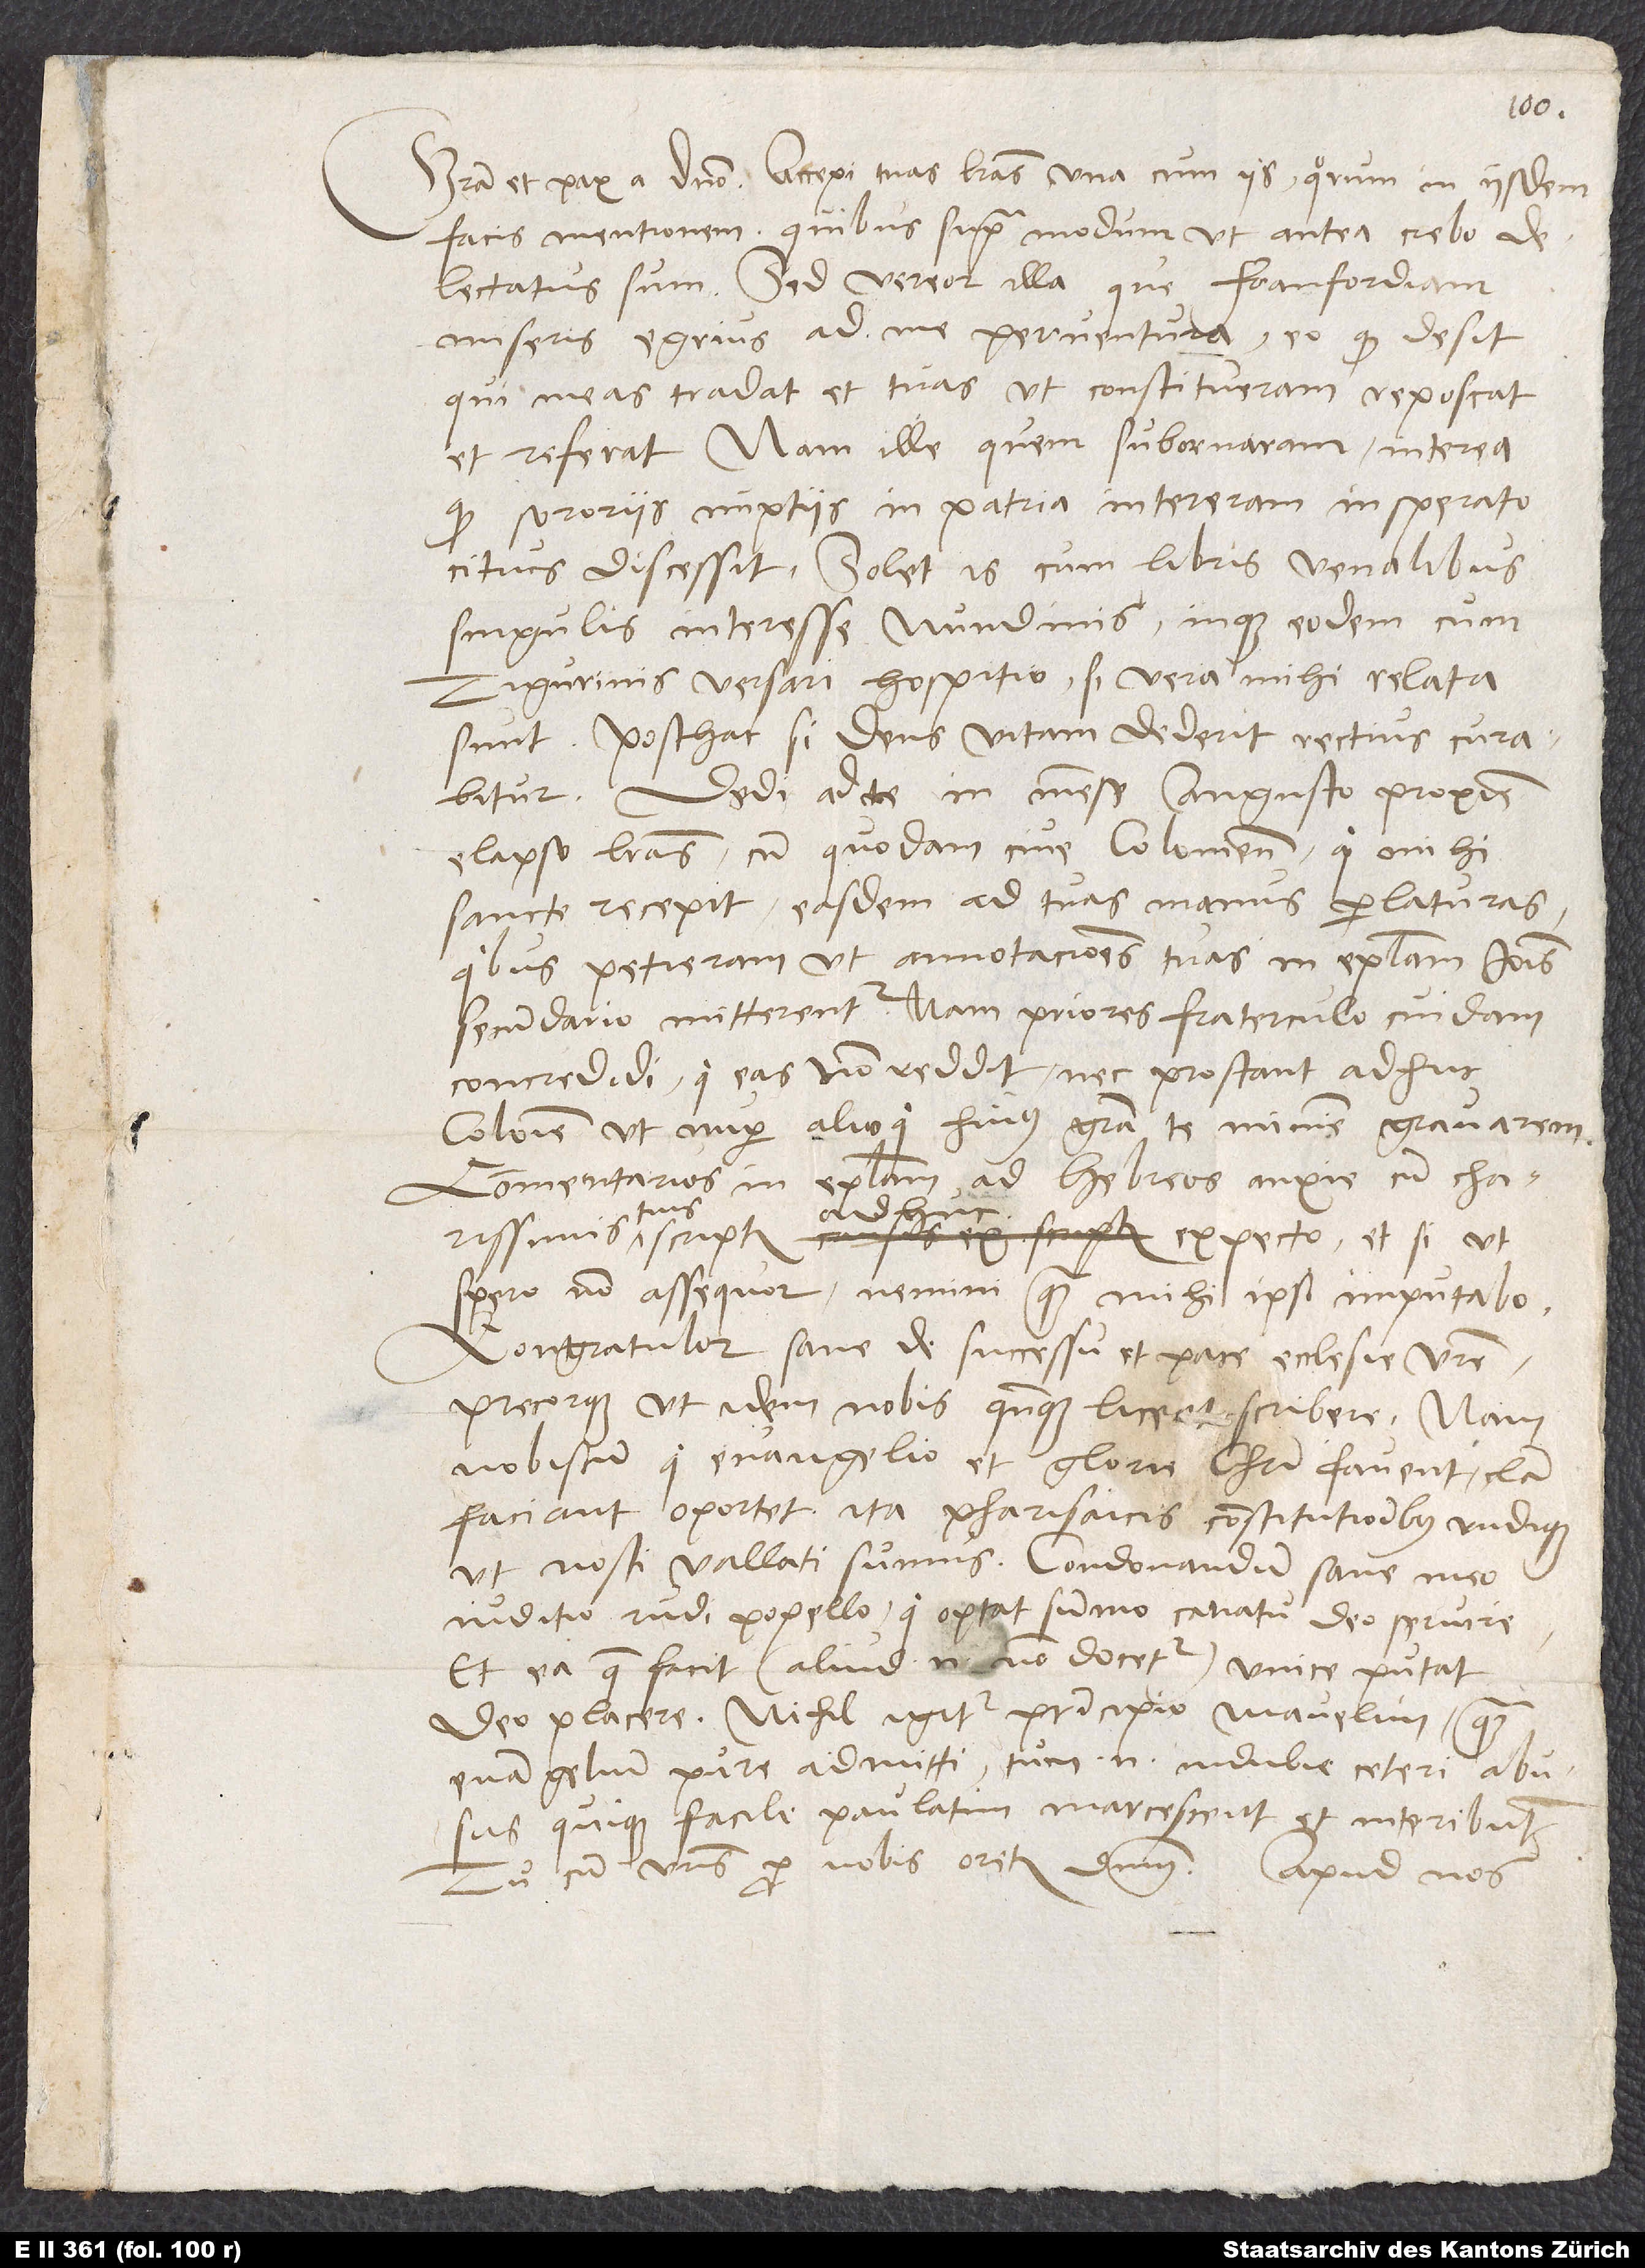
Gratia et pax a domino. Accepi tuas literas una cum iis, quorum in iisdem
facis mentionem, quibus supra modum ut ante crebro
delectatus sum. Sed vereor illa, que Franfordiam
miseris, egrius ad me perventura, eo quod desit,
qui meas tradat et tuas, ut constitueram, reposcat
et referat. Nam ille, quem subornaram, interea,
quod sororiis nuptiis in patria intereram, insperato
citius discessit. Solet is cum libris venalibus
singulis interesse nundinis inque eodem cum
Tigurinis versari hospitio, si vera mihi relata
sunt. Posthac, si deus vitam dederit, rectius curabitur.
Dedi ad te in mense augusto proxime
elapso literas cum quodam cive Coloniensi, qui mihi
sancte recepit easdem ad tuas manus perlaturas
secundario mitterentur. Nam priores fraterculo cuidam
concredidi, qui eas non reddit, nec prostant adhuc
Colonie ut nuper. Alioqui huius gratia te minime gravarem.
Commentarios in Epistolam ad Hebreos anxie cum charissimis
expecto, et si, ut
scriptis
spero, non assequor, nemini quam mihi ipsi imputabo.
Congratulor sane de successu et pace ecclesie vestre
precorque, ut idem nobis quandoque liceret scribere. Nam
nobiscum, qui evangelio et glorie Christi favent, clam
faciant oportet. Ita pharisaicis constitutionibus undique,
ut nosti, vallati sumus. Condonandum sane meo
iuditio rudi popello, qui optat summo conatu deo servire
et ea, quae facit - aliud enim non docetur -, unice putat
deo placere. Nihil igitur principio mavelim quam
evangelium pure admitti. Tum enim indubie ceteri abusus
quique facile paulatim marcescent et interibunt.
Tu cum vestris pro nobis oretis dominum. Apud nos